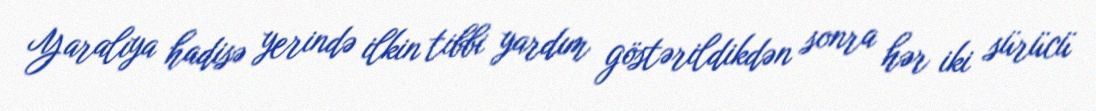
Yaralıya hadisə yerində ilkin tibbi yardım göstərildikdən sonra hər iki sürücü